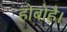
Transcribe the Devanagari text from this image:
होबोहै।